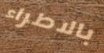
بالاطراء